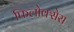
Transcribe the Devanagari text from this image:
फिलोक्सेरा